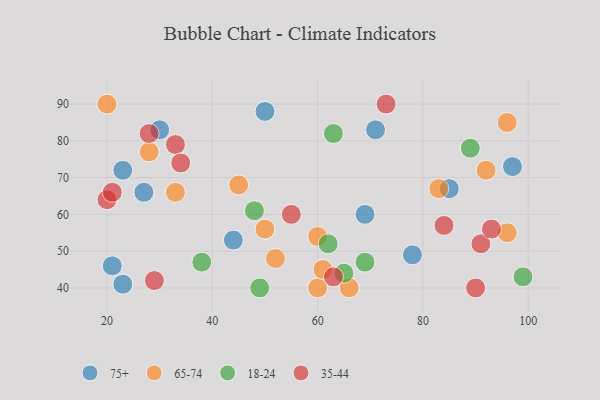
{"axis": {"x": "GDP", "y": "Life Expectancy"}, "legend": ["18-24", "35-44", "65-74", "75+"], "data": [{"x": "23", "y": 41, "type": "75+"}, {"x": "21", "y": 46, "type": "75+"}, {"x": "78", "y": 49, "type": "75+"}, {"x": "69", "y": 60, "type": "75+"}, {"x": "71", "y": 83, "type": "75+"}, {"x": "50", "y": 88, "type": "75+"}, {"x": "30", "y": 83, "type": "75+"}, {"x": "85", "y": 67, "type": "75+"}, {"x": "27", "y": 66, "type": "75+"}, {"x": "97", "y": 73, "type": "75+"}, {"x": "44", "y": 53, "type": "75+"}, {"x": "23", "y": 72, "type": "75+"}, {"x": "60", "y": 40, "type": "65-74"}, {"x": "45", "y": 68, "type": "65-74"}, {"x": "50", "y": 56, "type": "65-74"}, {"x": "28", "y": 77, "type": "65-74"}, {"x": "60", "y": 54, "type": "65-74"}, {"x": "61", "y": 45, "type": "65-74"}, {"x": "92", "y": 72, "type": "65-74"}, {"x": "33", "y": 66, "type": "65-74"}, {"x": "96", "y": 55, "type": "65-74"}, {"x": "96", "y": 85, "type": "65-74"}, {"x": "20", "y": 90, "type": "65-74"}, {"x": "52", "y": 48, "type": "65-74"}, {"x": "83", "y": 67, "type": "65-74"}, {"x": "66", "y": 40, "type": "65-74"}, {"x": "62", "y": 52, "type": "18-24"}, {"x": "63", "y": 82, "type": "18-24"}, {"x": "48", "y": 61, "type": "18-24"}, {"x": "49", "y": 40, "type": "18-24"}, {"x": "65", "y": 44, "type": "18-24"}, {"x": "69", "y": 47, "type": "18-24"}, {"x": "89", "y": 78, "type": "18-24"}, {"x": "38", "y": 47, "type": "18-24"}, {"x": "99", "y": 43, "type": "18-24"}, {"x": "63", "y": 43, "type": "35-44"}, {"x": "91", "y": 52, "type": "35-44"}, {"x": "20", "y": 64, "type": "35-44"}, {"x": "93", "y": 56, "type": "35-44"}, {"x": "28", "y": 82, "type": "35-44"}, {"x": "55", "y": 60, "type": "35-44"}, {"x": "29", "y": 42, "type": "35-44"}, {"x": "33", "y": 79, "type": "35-44"}, {"x": "73", "y": 90, "type": "35-44"}, {"x": "34", "y": 74, "type": "35-44"}, {"x": "90", "y": 40, "type": "35-44"}, {"x": "84", "y": 57, "type": "35-44"}, {"x": "21", "y": 66, "type": "35-44"}]}